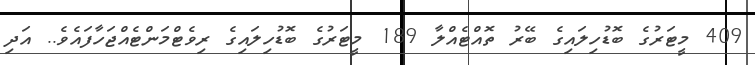
409 މީޓަރުގެ ބޮޑުހިލައިގެ ބޭރު ތޮއްޓެއްލާ 189 މީޓަރުގެ ބޮޑުހިލައިގެ ރިވެޓްމަންޓެއްޖަހާފައެވެ.. އަދި